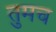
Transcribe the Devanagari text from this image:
तुमच